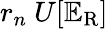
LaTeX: r_{n}~U[\mathbb{E}_{\mathrm{{R}}}]